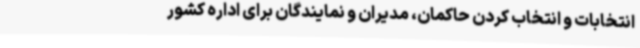
انتخابات و انتخاب کردن حاکمان، مدیران و نمایندگان برای اداره کشور